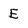
Character: E